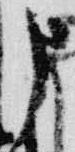
申